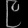
Digit: ၉